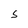
Character: S